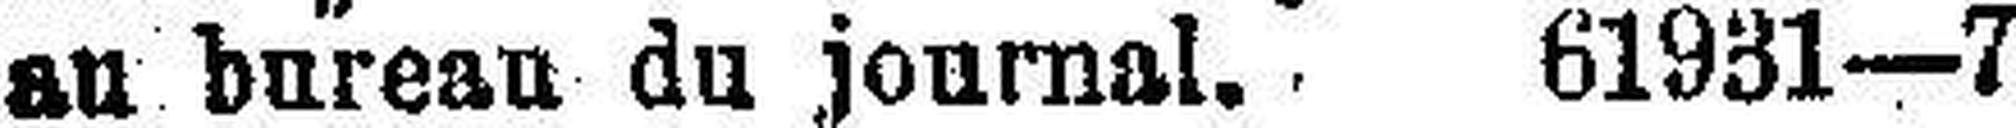
au bureau du joumal. 61931—7